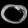
Digit: ၀